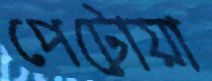
পেটোয়া